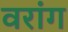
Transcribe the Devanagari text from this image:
वरांग